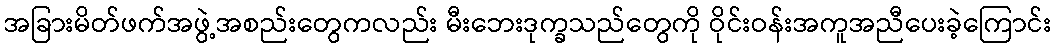
အခြားမိတ်ဖက်အဖွဲ့အစည်းတွေကလည်း မီးဘေးဒုက္ခသည်တွေကို ဝိုင်းဝန်းအကူအညီပေးခဲ့ကြောင်း